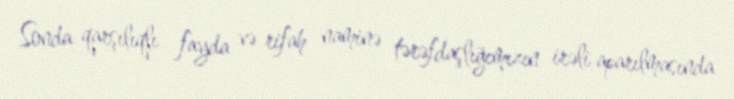
Sonda qarşılıqlı fayda və rifah naminə tərəfdaşlığımızın irəli aparılmasında